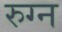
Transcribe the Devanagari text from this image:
रुग्न